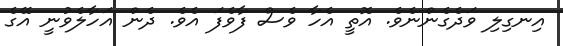
އިނގިލި ވަދެގެންނެވެ. އޮތީ އެހާ ވެސް ފާވެފަ އެވެ. ދެން އަހާލެވުނީ އޭގެ